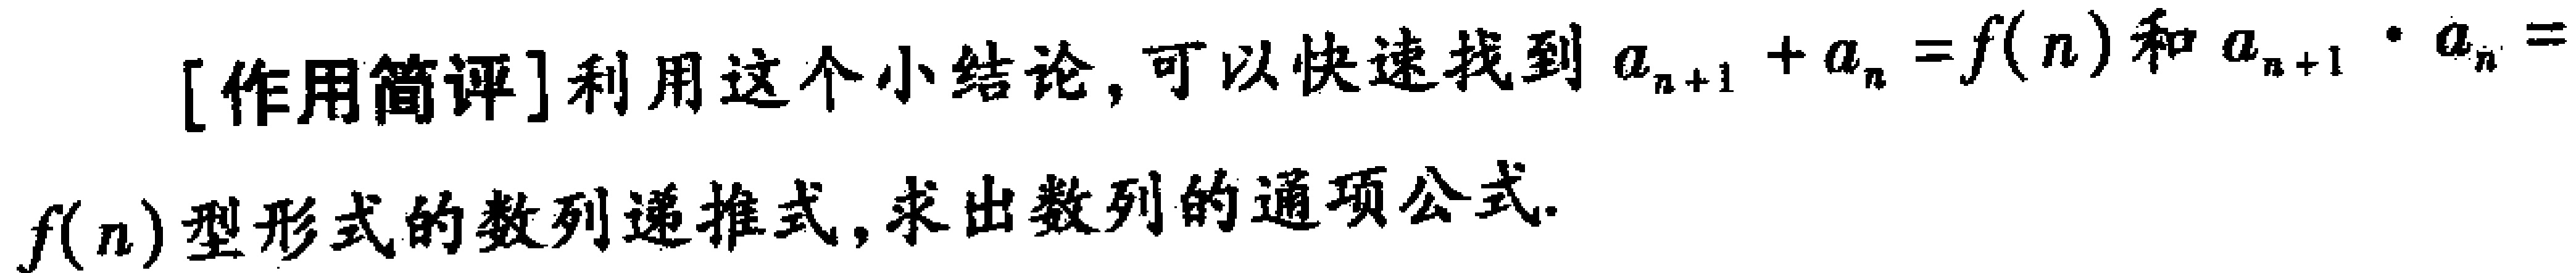
[作用简评]利用这个小结论，可以快速找到\(a_{n + 1}+a_{n}=f(n)\)和\(a_{n + 1}\cdot a_{n}=f(n)\)型形式的数列递推式，求出数列的通项公式.